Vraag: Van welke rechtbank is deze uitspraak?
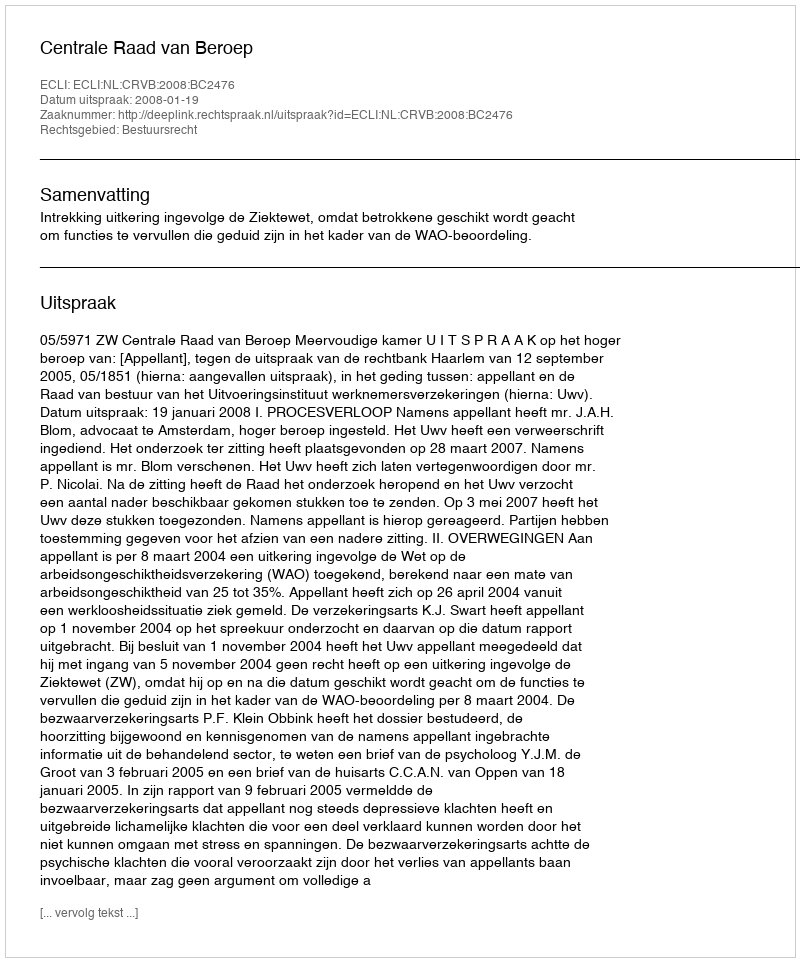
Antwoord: Centrale Raad van Beroep